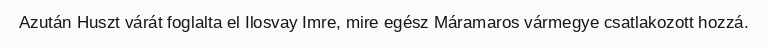
Azután Huszt várát foglalta el Ilosvay Imre, mire egész Máramaros vármegye csatlakozott hozzá.